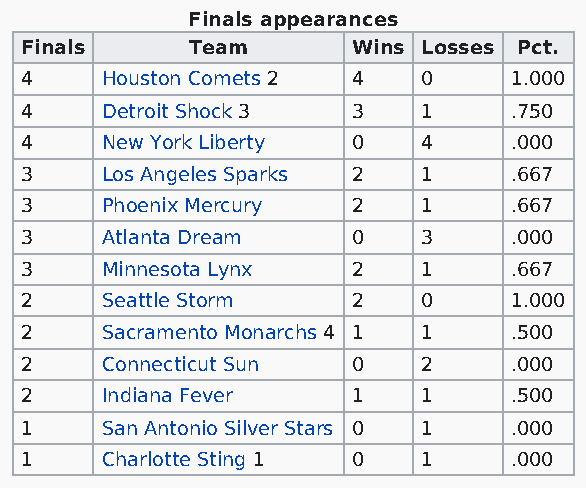
Finals appearances
 Finals      Team      Wins Losses Pct.
 4     Houston Comets 2 4   0     1.000
 4     Detroit Shock 3 3    1     .750
 4     New York Liberty 0   4     .000
 3     Los Angeles Sparks 2 1     .667
 3     Phoenix Mercury 2    1     .667
 3     Atlanta Dream   0    3     .000
 3     Minnesota Lynx  2    1     .667
 2     Seattle Storm   2    0     1.000
 2     Sacramento Monarchs 4 1 1  .500
 2     Connecticut Sun 0    2     .000
 2     Indiana Fever   1    1     .500
 1     San Antonio Silver Stars 0 1 .000
 1     Charlotte Sting 1 0  1     .000